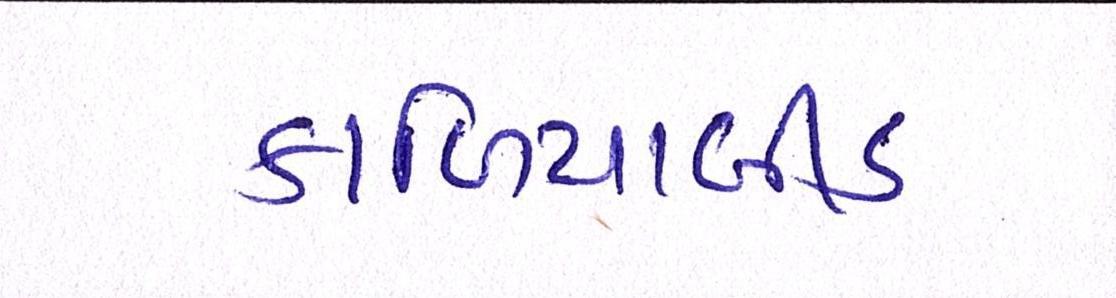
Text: કાળિયાબીડ